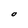
Character: O